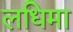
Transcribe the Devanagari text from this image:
लधिमा